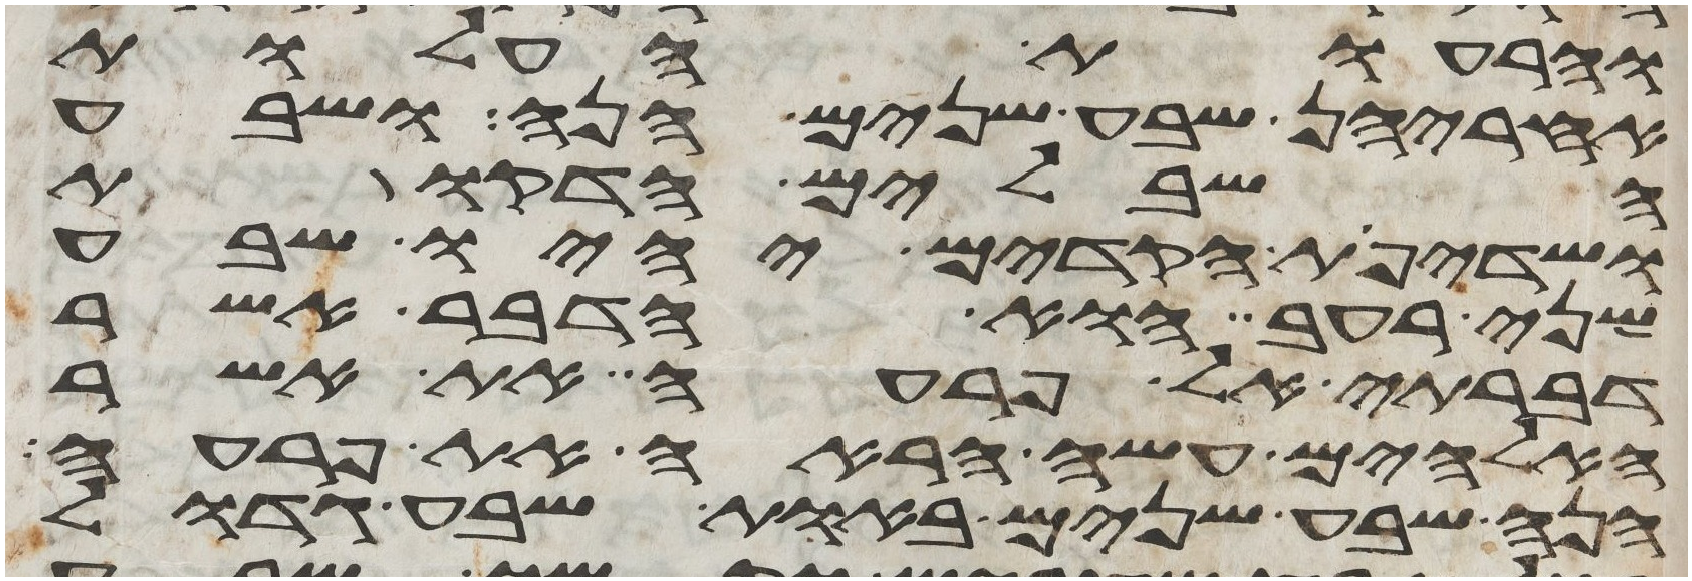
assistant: והרעות העלות
אחריהן שבע שנים הנה ושבע
השבלים הדקות
ושדיפת הקדים יהיו שבע
שני רעב הוא הדבר אשר
דברתי אל פרעה את אשר
האלהים עשה הראה את פרעה
הנה שבע שנים באות שבע גדול